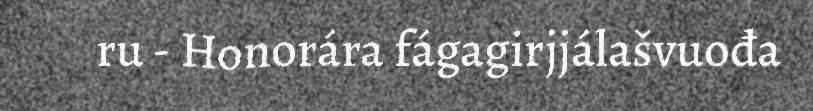
ru - Honorára fágagirjjálašvuođa